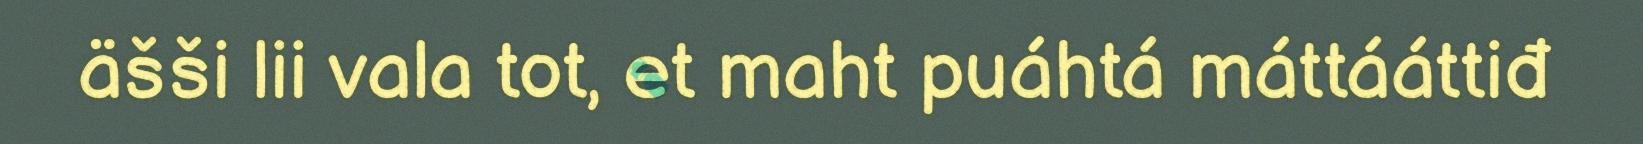
äšši lii vala tot, et maht puáhtá máttááttiđ